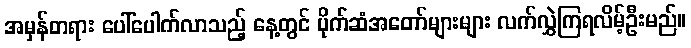
အမှန်တရား ပေါ်ပေါက်လာသည့် နေ့တွင် ပိုက်ဆံအတော်များများ လက်လွှဲကြရလိမ့်ဦးမည်။